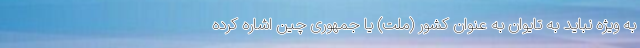
به ویژه نباید به تایوان به عنوان کشور (ملت) یا جمهوری چین اشاره کرده